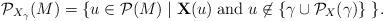
LaTeX: \begin{align*}{\cal P}_{X_\gamma}(M)=\{u\in {\cal P}(M)\mid {\bf X}(u)\; \mbox{and}\;u\not\in \{\gamma\cup{\cal P}_X(\gamma)\}\; \}.\end{align*}